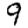
Digit: 9